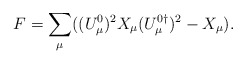
\begin{align*}F=\sum_\mu ((U_\mu^0)^2 X_\mu (U_\mu^{0\dagger})^2-X_\mu).\end{align*}